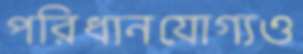
পরিধানযোগ্যও